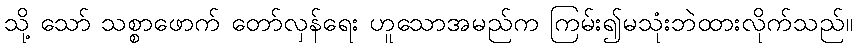
သို့ သော် သစ္စာဖောက် တော်လှန်ရေး ဟူသောအမည်က ကြမ်း၍မသုံးဘဲထားလိုက်သည်။